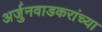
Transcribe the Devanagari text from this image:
अर्जुनवाडकरांच्या